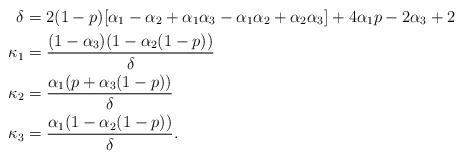
LaTeX: \begin{align*} \delta &= 2(1-p)[ \alpha_1 -\alpha_2 + \alpha_1\alpha_3 - \alpha_1\alpha_2 + \alpha_2\alpha_3] + 4\alpha_1p - 2\alpha_3 + 2 \\ \kappa_1 &= \frac{(1-\alpha_3)(1-\alpha_2 (1-p) )}{\delta} \\ \kappa_2 &= \frac{\alpha_1(p + \alpha_3 (1-p))}{\delta} \\ \kappa_3 &= \frac{\alpha_1(1- \alpha_2(1-p))}{\delta}.\end{align*}